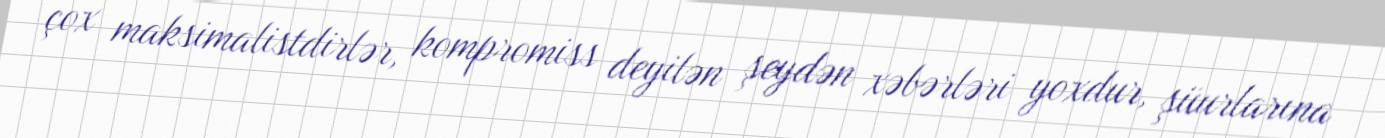
çox maksimalistdirlər, kompromiss deyilən şeydən xəbərləri yoxdur, şüurlarına